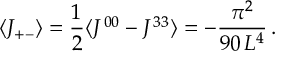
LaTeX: \langle J _ { + - } \rangle = \frac { 1 } { 2 } \langle J ^ { \, 0 0 } - J ^ { \, 3 3 } \rangle = - \frac { \pi ^ { 2 } } { 9 0 \, L ^ { 4 } } \, .